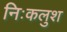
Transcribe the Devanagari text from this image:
निःकलुश